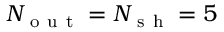
N _ { \mathrm { ~ o ~ u ~ t ~ } } = N _ { \mathrm { ~ s ~ h ~ } } = 5